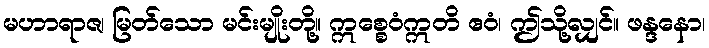
မဟာရာဇ၊ မြတ်သော မင်းမျိုးတို့။ ဣစ္စေဝံဣတိ ဧဝံ၊ ဤသို့လျှင်။ ဖန္ဒနော၊